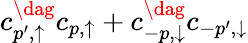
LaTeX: c_{p^{\prime},\uparrow}^{\dag}c_{p,\uparrow}+c_{-p,\downarrow}^{\dag}c_{-p^{\prime},\downarrow}